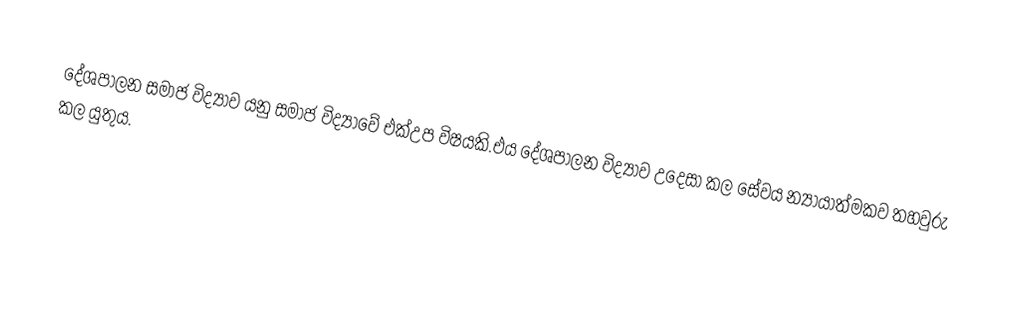
දේශපාලන සමාජ විද්‍යාව යනු සමාජ විද්‍යාවේ එක්උප විෂයකි.එය දේශපාලන විද්‍යාව උදෙසා කල සේවය න්‍යායාත්මකව තහවුරු කල යුතුය.